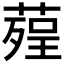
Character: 𦹠